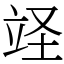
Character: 䇈